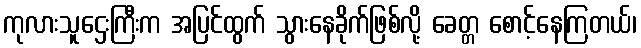
ကုလားသူဌေးကြီးက အပြင်ထွက် သွားနေခိုက်ဖြစ်လို့ ခေတ္တ စောင့်နေကြတယ်၊